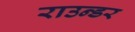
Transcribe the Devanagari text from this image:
राउन्डर